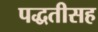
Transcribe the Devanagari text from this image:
पद्धतीसह